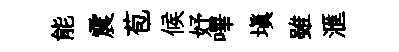
能震苞候妤嗶塡雖滙